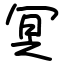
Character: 冥